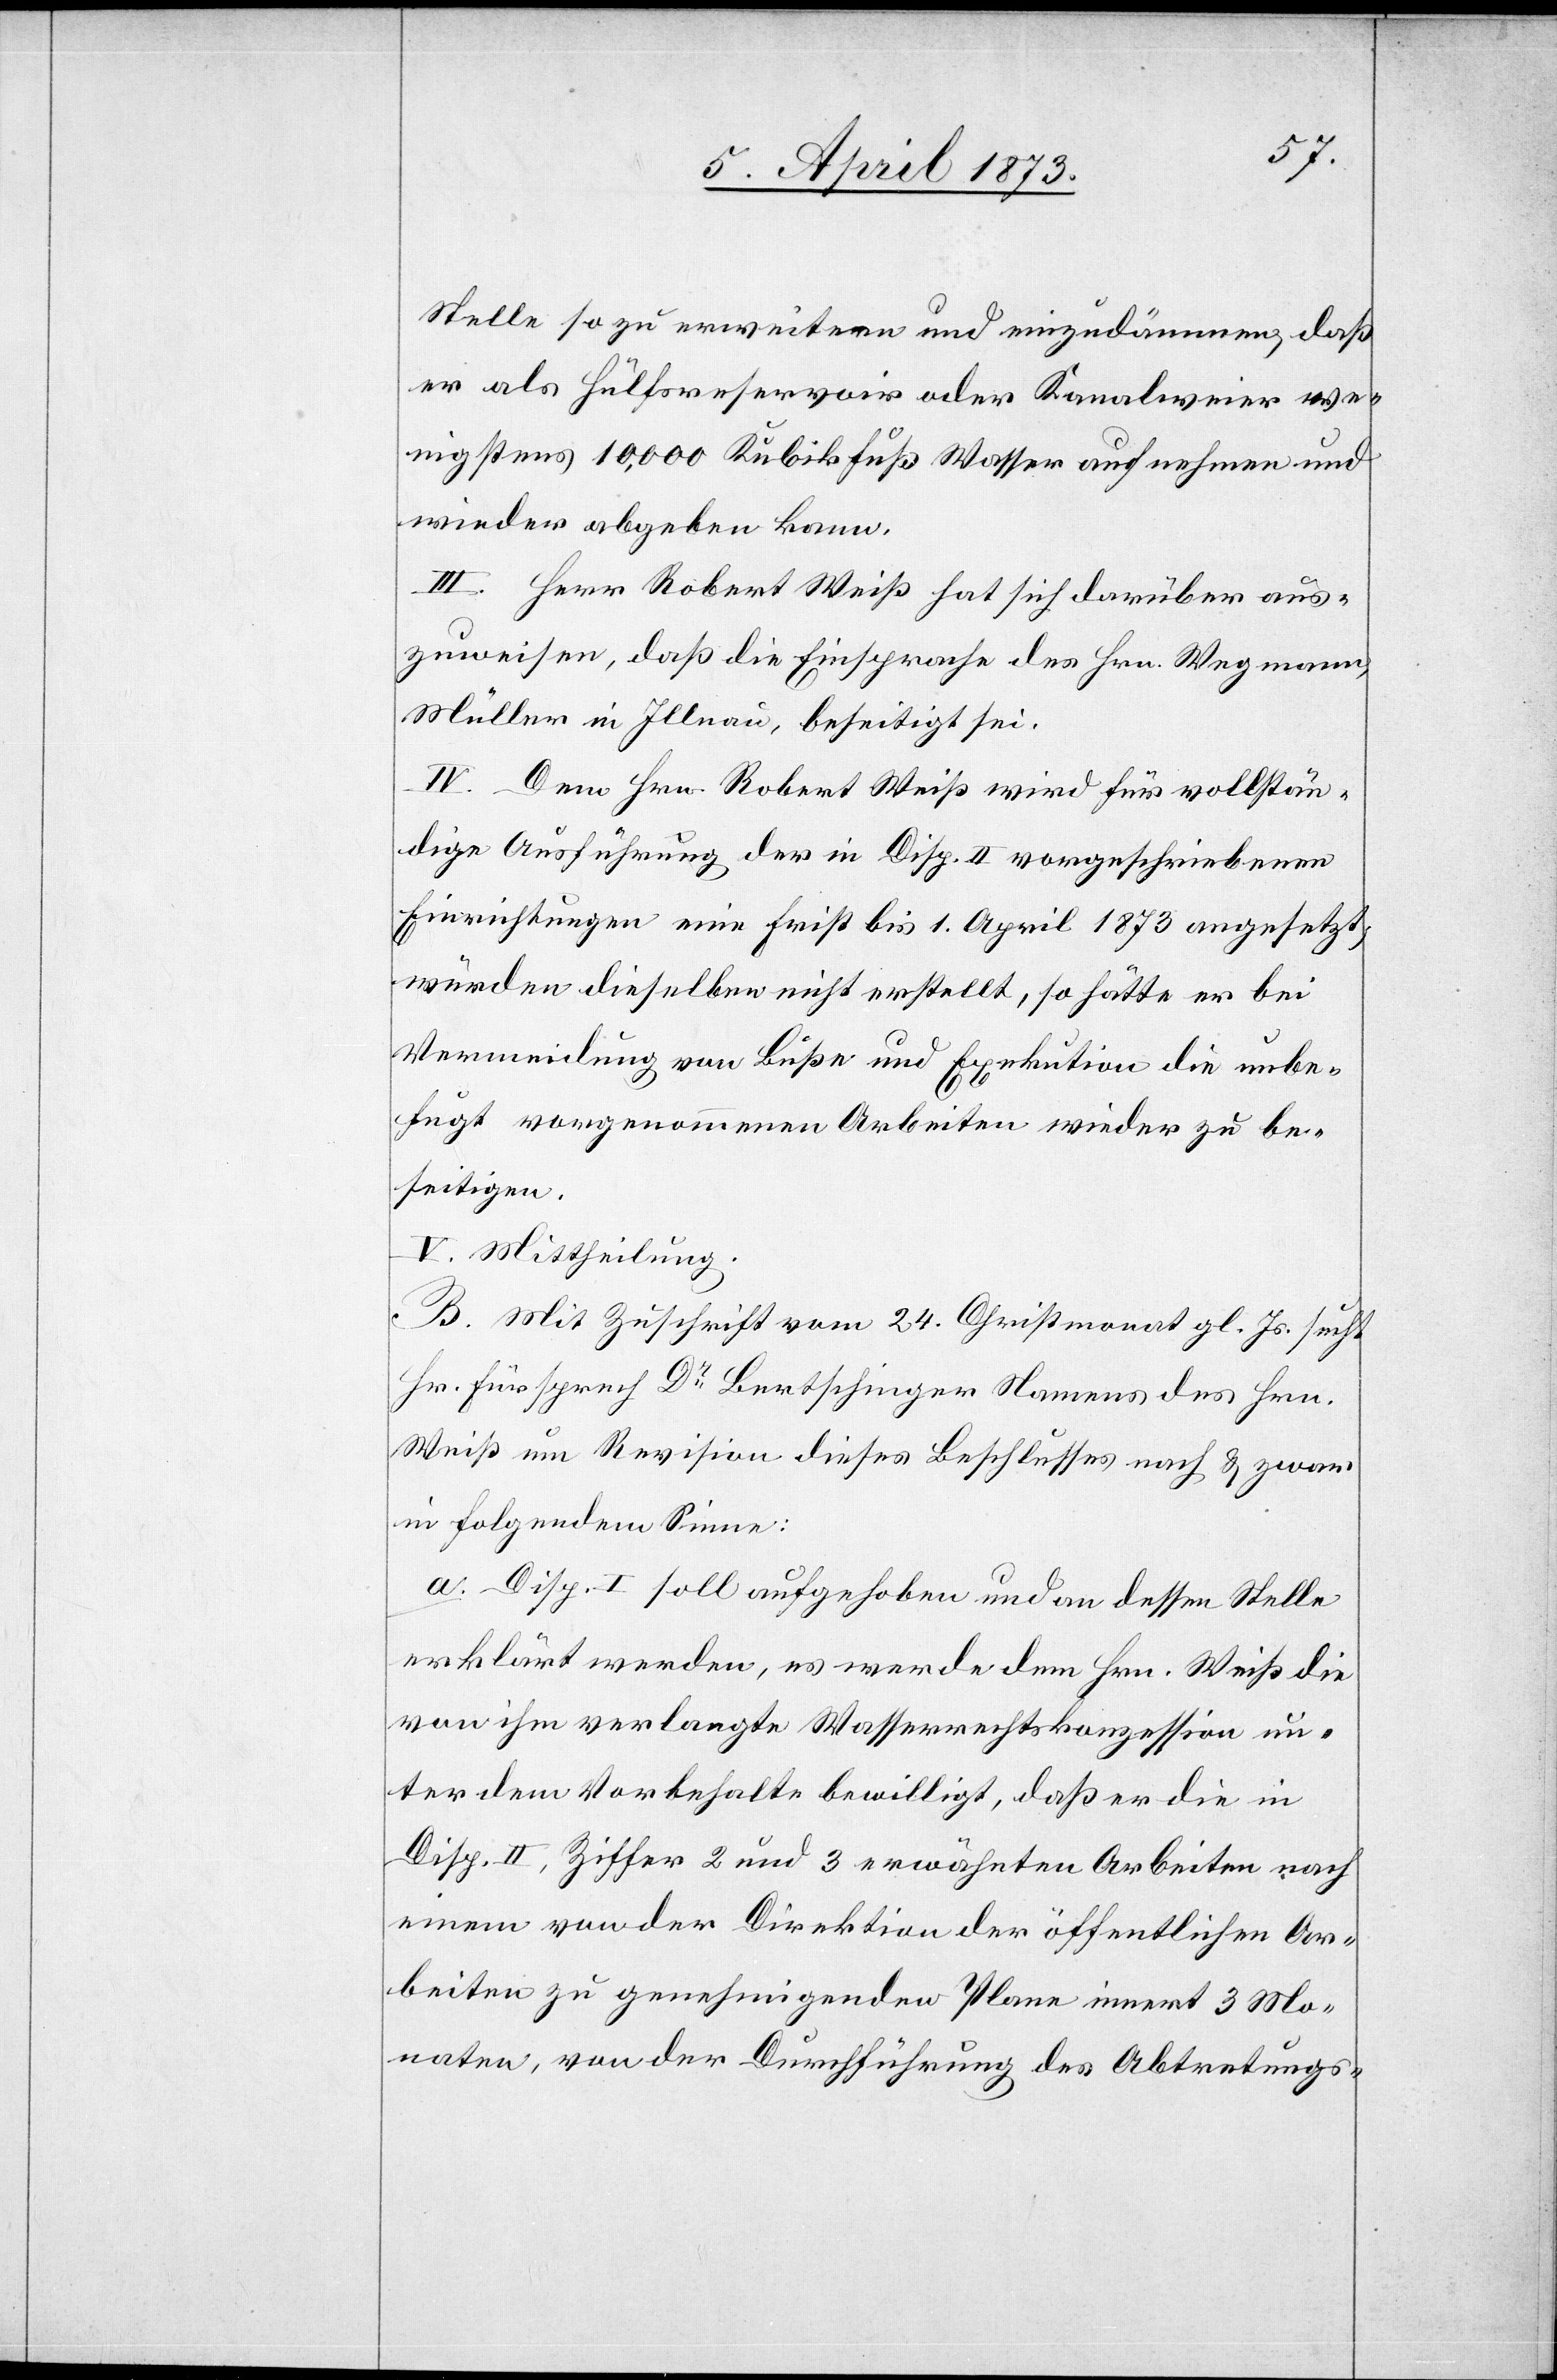
Stelle so zu erweitern und einzudämmen, daß
er als Hülfsreservoir oder Kanalweier we¬
nigstens 10,000 Kubikfuß Wasser aufnehmen und
wieder abgeben kann.
III. Herr Robert Weiß hat sich darüber aus¬
zuweisen, daß die Einsprache des Hrn. Wegmann,
Müller in Illnau, beseitigt sei.
IV. Dem Hrn. Robert Weiß wird für vollstän¬
dige Ausführung der in Disp. II vorgeschriebenen
Einrichtungen eine Frist bis 1. April 1873 angesetzt;
würden dieselben nicht erstellt, so hätte er bei
Vermeidung von Buße und Exekution die unbe¬
fugt vorgenommenen Arbeiten wieder zu be¬
seitigen.
V. Mittheilung.
B. Mit Zuschrift vom 24. Christmonat gl Js. sucht
Hr. Fürsprech Dr Bertschinger Namens des Hrn.
Weiß um Revision dieses Beschlusses nach u. zwar
in folgendem Sinne:
a. Disp. I soll aufgehoben und an dessen Stelle
erklärt werden, es werde dem Hrn. Weiß die
von ihm verlangte Wasserrechtskonzession un¬
ter dem Vorbehalte bewilligt, daß er die in
Disp. II. Ziffer 2 und 3 erwähnten Arbeiten nach
einem von der Direktion der öffentlichen Ar¬
beiten zu genehmigenden Plane innert 3 Mo¬
naten, von der Durchführung des Abtretungs-